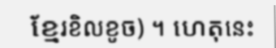
ខ្មែរខិលខូច) ។ ហេតុនេះ